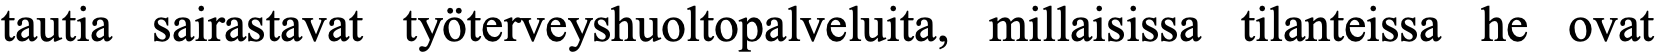
tautia sairastavat työterveyshuoltopalveluita, millaisissa tilanteissa he ovat